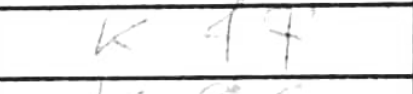
Transcription: Kf7